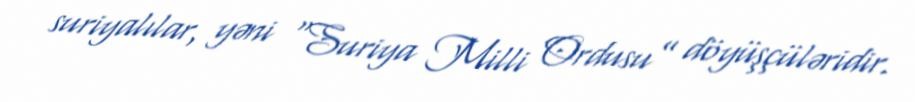
suriyalılar, yəni “Suriya Milli Ordusu” döyüşçüləridir.